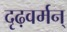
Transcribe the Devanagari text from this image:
दृढ़वर्मन्